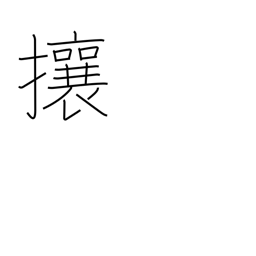
Meaning: chase away